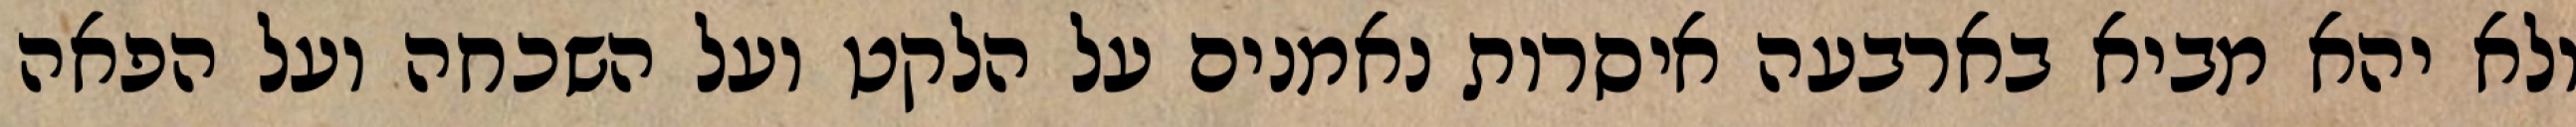
ולא יהא מביא בארבעה איסרות נאמנים על הלקט ועל השכחה ועל הפאה